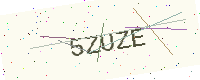
Text: 5ZUZE